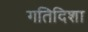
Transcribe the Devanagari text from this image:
गतिदिशा